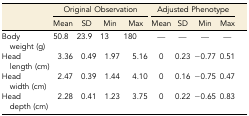
|  | <COLSPAN=4> Original Observation | <COLSPAN=4> Adjusted Phenotype |
 |  | Mean | SD | Min | Max | Mean | SD | Min | Max |
 | --- | --- | --- | --- | --- | --- | --- | --- | --- |
 | Body weight (g) | 50.8 | 23.9 | 13 | 180 | — | — | — | — |
 | Head length (cm) | 3.36 | 0.49 | 1.97 | 5.16 | 0 | 0.23 | −0.77 | 0.51 |
 | Head width (cm) | 2.47 | 0.39 | 1.44 | 4.10 | 0 | 0.16 | −0.75 | 0.47 |
 | Head depth (cm) | 2.28 | 0.41 | 1.23 | 3.75 | 0 | 0.22 | −0.65 | 0.83 |